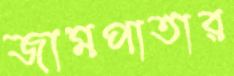
জামপাতার